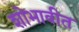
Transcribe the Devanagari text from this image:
शोभावीत